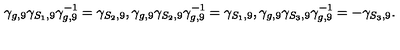
\gamma _ { g , 9 } \gamma _ { S _ { 1 } , 9 } \gamma _ { g , 9 } ^ { - 1 } = \gamma _ { S _ { 2 } , 9 } , \gamma _ { g , 9 } \gamma _ { S _ { 2 } , 9 } \gamma _ { g , 9 } ^ { - 1 } = \gamma _ { S _ { 1 } , 9 } , \gamma _ { g , 9 } \gamma _ { S _ { 3 } , 9 } \gamma _ { g , 9 } ^ { - 1 } = - \gamma _ { S _ { 3 } , 9 } .